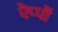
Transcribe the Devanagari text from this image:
ऐप्पों